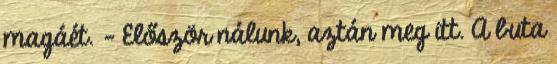
magáét. - Először nálunk, aztán meg itt. A buta